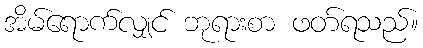
အိမ်ရောက်လျှင် ဘုရားစာ ဖတ်ရသည်။